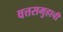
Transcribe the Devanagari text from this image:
वत्तसमुहाची